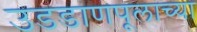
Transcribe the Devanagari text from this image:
उडडाणपूलाच्या